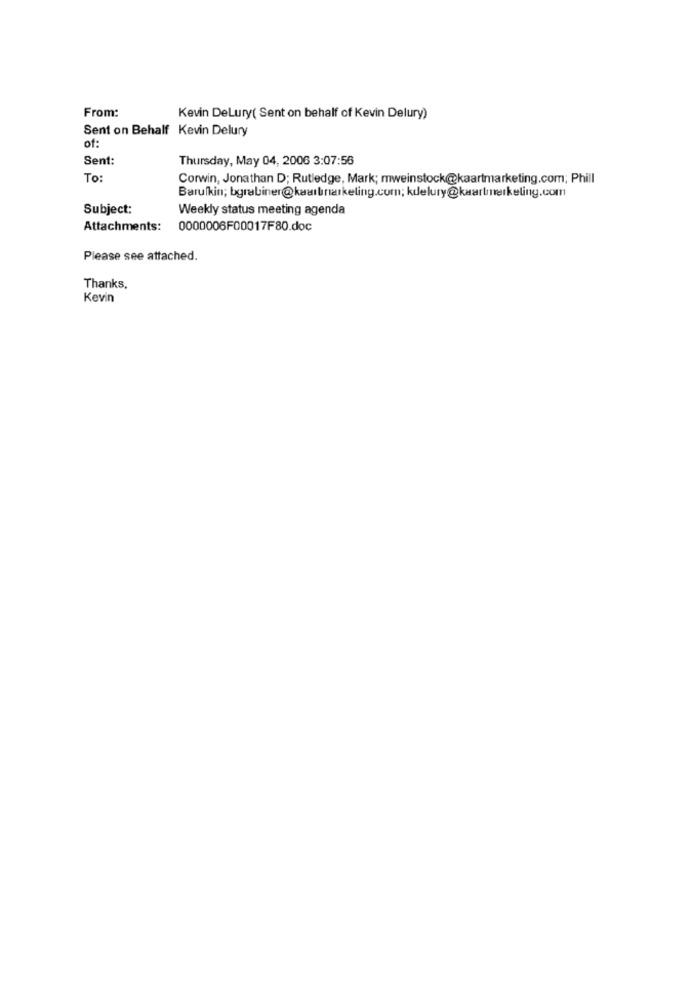
From:
Kevin DeLury( Sent on behalf of Kevin Delury)
Sent on Behalf Kevin Delury
of:
Sent:
Thursday, May 04, 2006 3:07:56
To:
Corwin, Jonathan D; Rutledge, Mark; mweinstock@kaartmarketing.com; Phill
Barulkin; bgrabiner@kaartmarketing.com; kdelury@kaartmerkeling.com
Subject:
Weekly status meeting agenda
Attachments:
0000006F00017F80.doc
Please see attached.
Thanks,
Kevin